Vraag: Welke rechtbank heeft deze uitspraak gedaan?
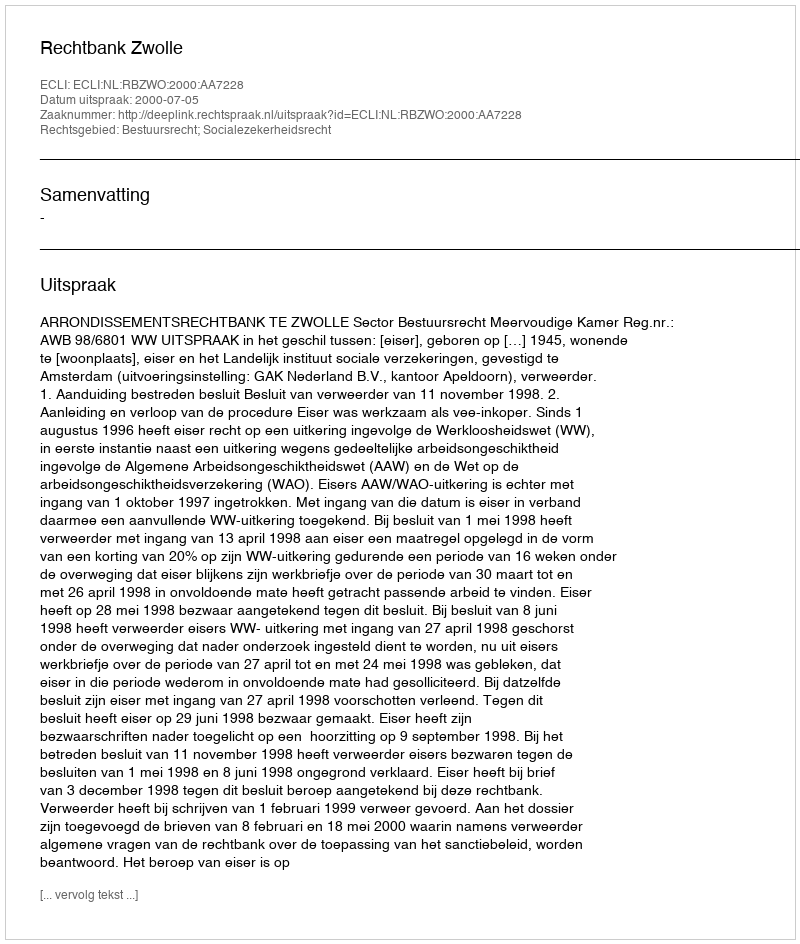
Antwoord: Rechtbank Zwolle